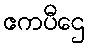
ဧကပီဌေ